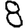
Digit: 8